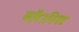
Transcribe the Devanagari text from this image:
बाॅटानिस्ट